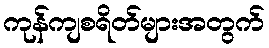
ကုန်ကျစရိတ်များအတွက်